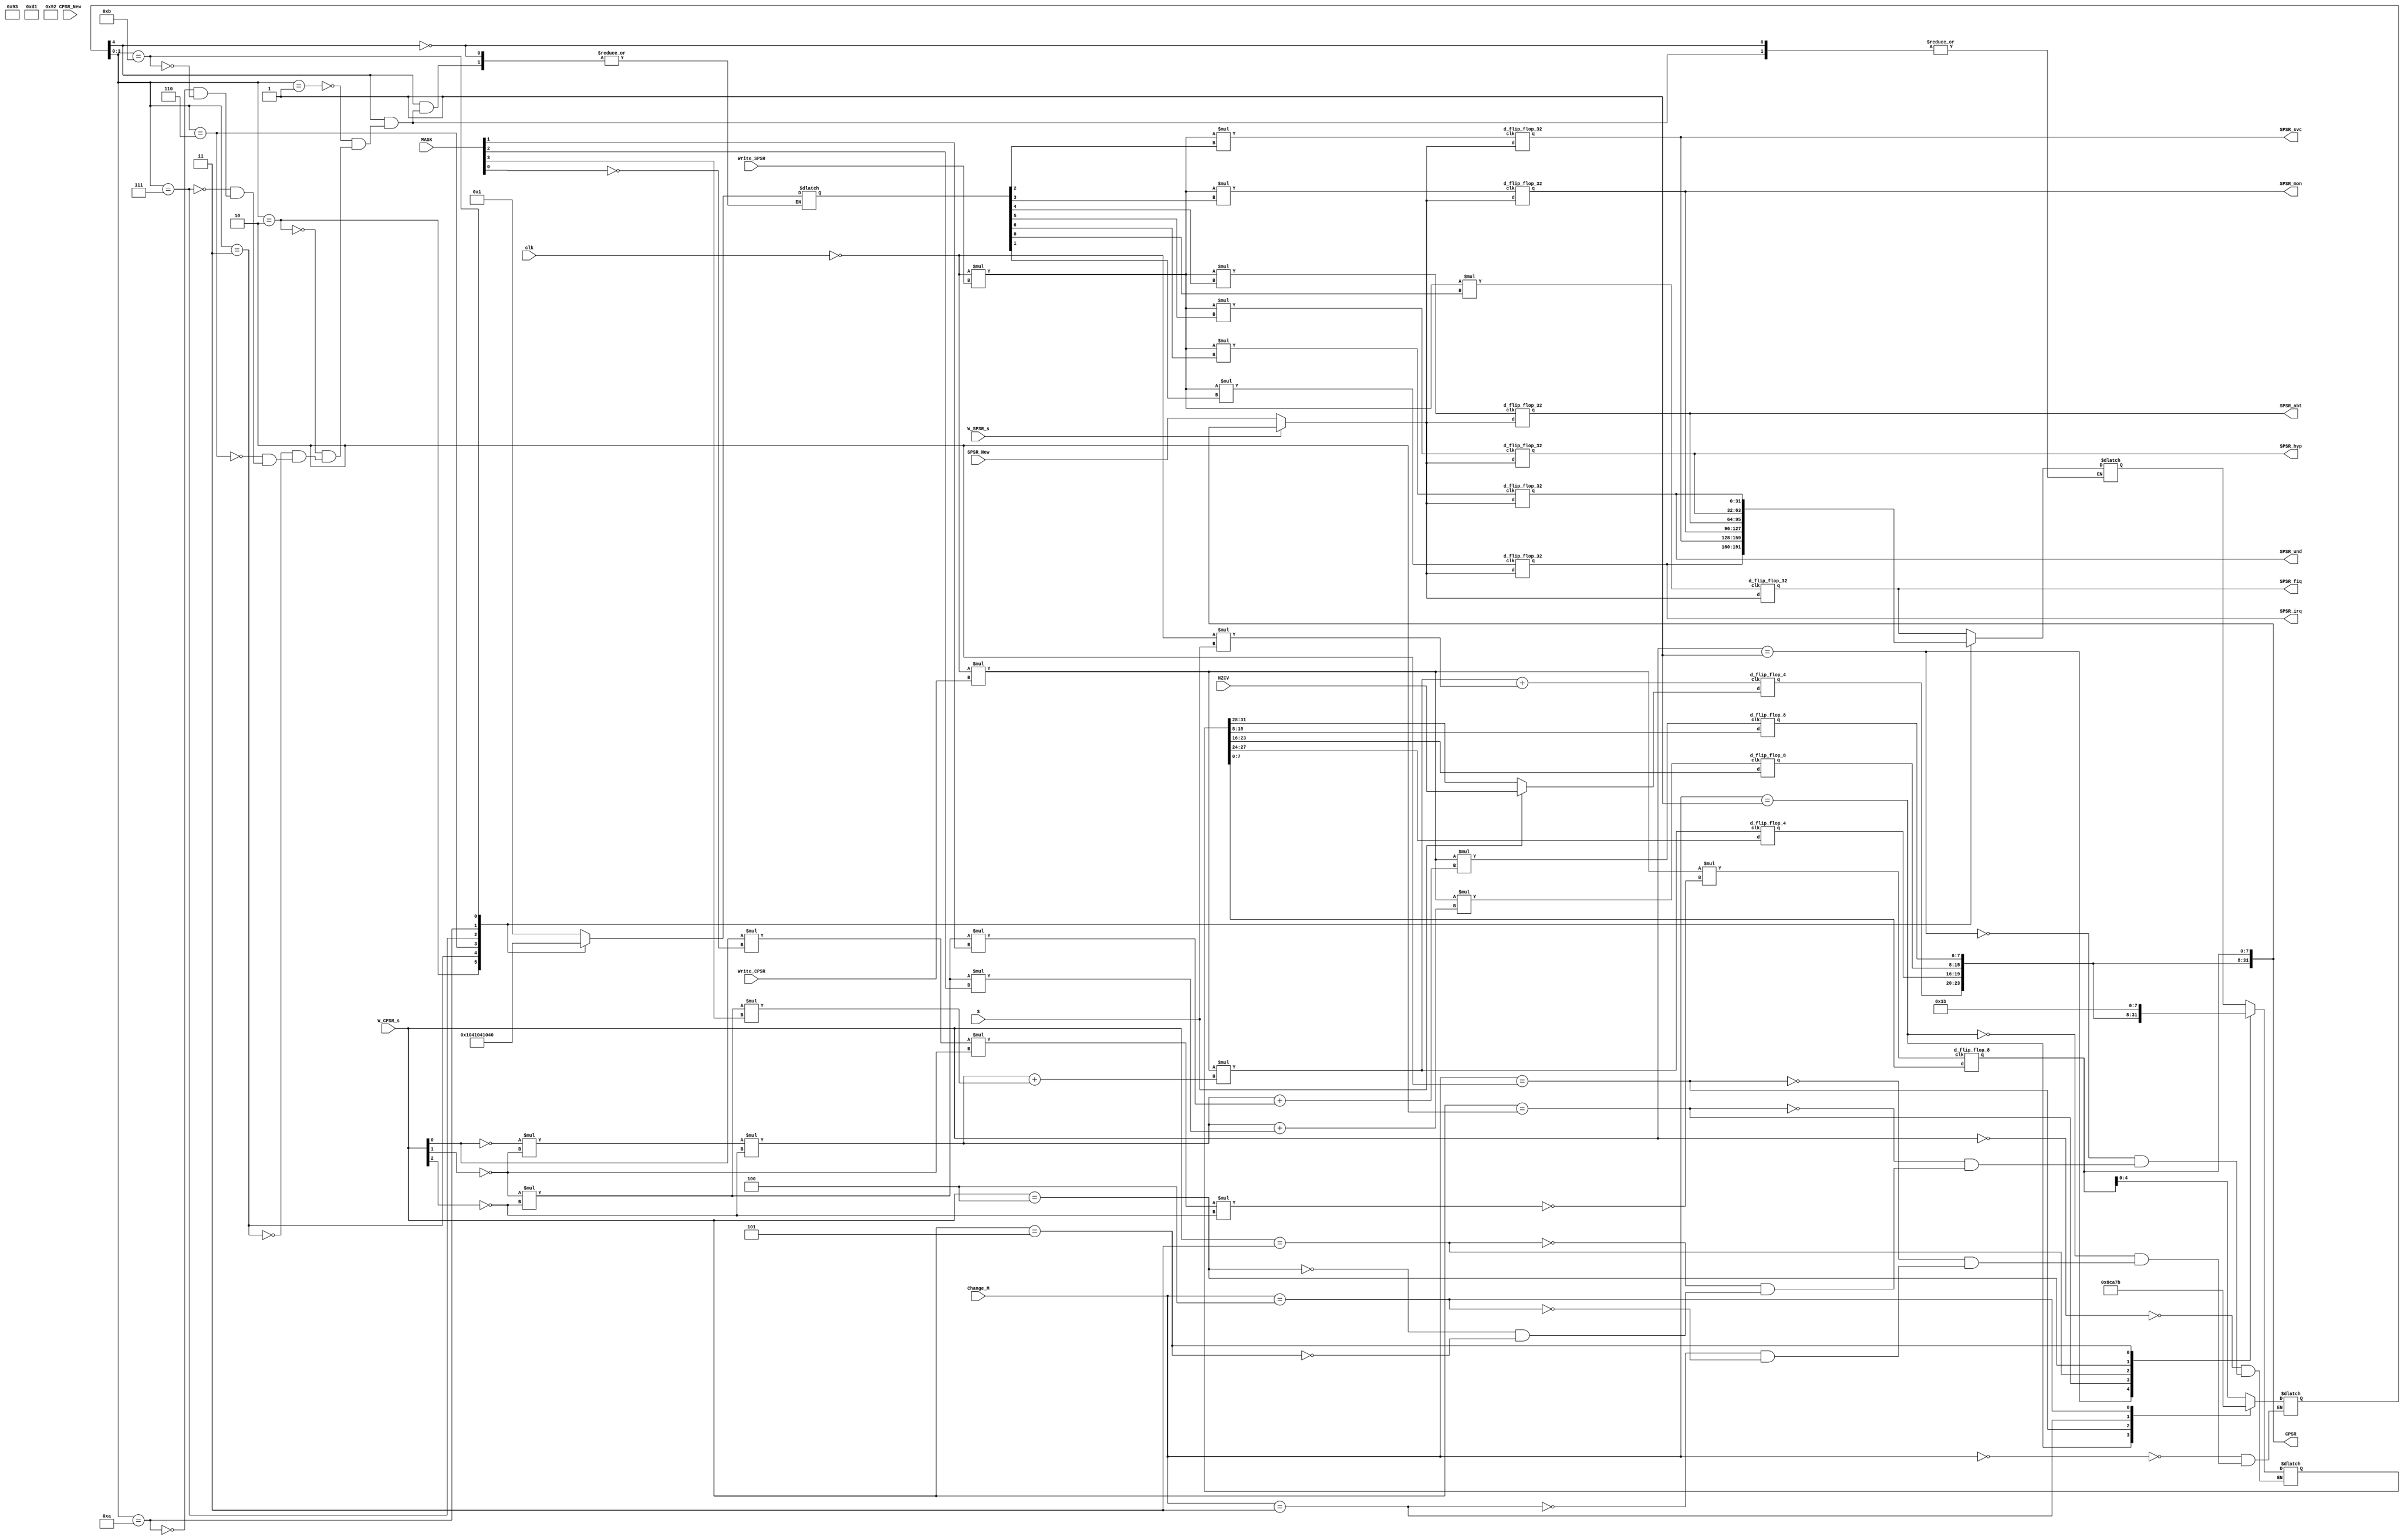
module state_register_file (
    input clk, 
    input W_SPSR_s,
    input [2:0] W_CPSR_s,
    input Write_SPSR,
    input Write_CPSR,
    input [31:0] SPSR_New,
    input [31:0] CPSR_New,
    input [3:0] MASK,
    input [3:0] NZCV,
    input [2:0] Change_M,
    input S,
    
    output [31:0] SPSR_fiq,
    output [31:0] SPSR_irq,
    output [31:0] SPSR_abt,
    output [31:0] SPSR_svc,
    output [31:0] SPSR_und,
    output [31:0] SPSR_mon,
    output [31:0] SPSR_hyp,
    output [31:0] CPSR
);
    reg [31:0] Curr_SPSR, CPSR_in;//the SPSR in the current mode,  the CPSR to  
    wire [31:0] new_SPSR;
    reg [6:0] clk_m;
    reg [4:0] M;
    
    assign new_SPSR = (W_SPSR_s == 1)? CPSR : SPSR_New; //new_SPSR to store the data to write in SPSR
//    assign CPSR_in = (W_CPSR_s == 1)? CPSR_New : Curr_SPSR;
    
    always@(Change_M or CPSR[4:0]) begin
        case(Change_M)
            3'd0: M <= CPSR[4:0];
            3'd1: M <= 5'b10001; //fiq
            3'd2: M <= 5'b10010; //irq
            3'd3: M <= 5'b10011; //svc
            3'd4: M <= 5'b11011; //und
        endcase
    end
    
    always@(W_CPSR_s)begin
        case(W_CPSR_s)
            3'd0: CPSR_in <= Curr_SPSR;
            3'd1: CPSR_in <= CPSR_New;
            3'd2: CPSR_in <= {CPSR[31:8],8'h92}; //irq
            3'd3: CPSR_in <= {CPSR[31:8],8'hD1}; //fiq
            3'd4: CPSR_in <= {CPSR[31:8],8'h93}; //svc
            3'd5: CPSR_in <= {CPSR[31:8],8'h1B}; //und
        endcase
    end
    
    always@(M[4:0]) begin//to write which SPSR and read the current SPSR
        if(M[4]) begin
            case(M[3:0])
                4'b0001: begin 
                    clk_m = 7'b0000001; //to write which SPSR 
                    Curr_SPSR <= SPSR_fiq;
                end
                4'b0010: begin 
                    clk_m = 7'b0000010; 
                    Curr_SPSR <= SPSR_irq;
                end
                4'b0011: begin 
                    clk_m = 7'b0000100; 
                    Curr_SPSR <= SPSR_svc;
                end 
                4'b0110: begin 
                    clk_m = 7'b0001000; 
                    Curr_SPSR <= SPSR_mon;
                end
                4'b0111: begin 
                    clk_m = 7'b0010000; 
                    Curr_SPSR <= SPSR_abt;
                end
                4'b1010: begin 
                    clk_m = 7'b0100000; 
                    Curr_SPSR <= SPSR_hyp;
                end
                4'b1011: begin 
                    clk_m = 7'b1000000; 
                    Curr_SPSR <= SPSR_und;
                end
            endcase
        end
    end

    
    //SPSR
    d_flip_flop_32 D_SPSR_fiq(
        .d(new_SPSR),
        .clk(~clk * Write_SPSR * clk_m[0]),
        .q(SPSR_fiq)
    );
    d_flip_flop_32 D_SPSR_irq(
        .d(new_SPSR),
        .clk(~clk * Write_SPSR * clk_m[1]),
        .q(SPSR_irq)
    );
    d_flip_flop_32 D_SPSR_svc(
        .d(new_SPSR),
        .clk(~clk * Write_SPSR * clk_m[2]),
        .q(SPSR_svc)
    );
    d_flip_flop_32 D_SPSR_mon(
        .d(new_SPSR),
        .clk(~clk * Write_SPSR * clk_m[3]),
        .q(SPSR_mon)
    );
    d_flip_flop_32 D_SPSR_abt(
        .d(new_SPSR),
        .clk(~clk * Write_SPSR * clk_m[4]),
        .q(SPSR_abt)
    );
    d_flip_flop_32 D_SPSR_hyp(
        .d(new_SPSR),
        .clk(~clk * Write_SPSR * clk_m[5]),
        .q(SPSR_hyp)
    );
    d_flip_flop_32 D_SPSR_und(
        .d(new_SPSR),
        .clk(~clk * Write_SPSR * clk_m[6]),
        .q(SPSR_und)
    );
    
    //CPSR
    d_flip_flop_8 D_CPSR_7_0(
        .d(CPSR_in[7:0]),
        .clk(~clk * Write_CPSR * ~(W_CPSR_s[0] * ~MASK[0] * ~W_CPSR_s[1] * ~W_CPSR_s[2])),
        .q(CPSR[7:0])
    );
    d_flip_flop_8 D_CPSR_15_8(
        .d(CPSR_in[15:8]),
        .clk(~clk * Write_CPSR * ((~W_CPSR_s[0]*~W_CPSR_s[1]*~W_CPSR_s[2])+(~W_CPSR_s[1]*~W_CPSR_s[2]*MASK[1]))),
        .q(CPSR[15:8])
    );
    d_flip_flop_8 D_CPSR_23_16(
        .d(CPSR_in[23:16]),
        .clk(~clk * Write_CPSR * ((~W_CPSR_s[0]*~W_CPSR_s[1]*~W_CPSR_s[2])+(~W_CPSR_s[1]*~W_CPSR_s[2]*MASK[2]))),
        .q(CPSR[23:16])
    );
    d_flip_flop_4 D_CPSR_27_24(
        .d(CPSR_in[27:24]),
        .clk(~clk * Write_CPSR * ((~W_CPSR_s[0]*~W_CPSR_s[1]*~W_CPSR_s[2])+(~W_CPSR_s[1]*~W_CPSR_s[2]*MASK[3]))),
        .q(CPSR[27:24])
    );
    d_flip_flop_4 D_CPSR_31_28(
        .d((S==0)? CPSR_in[31:28] : NZCV),
        .clk((~clk * Write_CPSR * ((~W_CPSR_s[0]*~W_CPSR_s[1]*~W_CPSR_s[2])+(~W_CPSR_s[1]*~W_CPSR_s[2]*MASK[3])))+(~clk  *  S)),
        .q(CPSR[31:28])
    );
endmodule

module d_flip_flop_32(
    input [31:0]d,
    input clk,
    input clr,
    output reg [31:0] q
    );
        
    always@ (posedge clk or posedge clr) begin
        if(clr) begin
            q <= 0; 
        end
        else begin
            q <= d;
        end
    end
    
endmodule

module d_flip_flop_4(
    input [3:0]d,
    input clk,
    input clr,
    output reg [3:0] q
    );
        
    always@ (posedge clk or posedge clr) begin
        if(clr) begin
            q <= 0; 
        end
        else begin
            q <= d;
        end
    end
    
endmodule

module d_flip_flop_8(
    input [7:0]d,
    input clk,
    input clr,
    output reg [7:0] q
    );
        
    always@ (posedge clk or posedge clr) begin
        if(clr) begin
            q <= 0; 
        end
        else begin
            q <= d;
        end
    end
    
endmodule